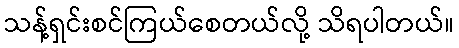
သန့်ရှင်းစင်ကြယ်စေတယ်လို့ သိရပါတယ်။